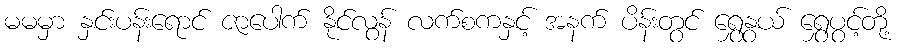
မမမှာ နှင်းပန်းရောင် ဇာပေါက် နိုင်လွန် လက်စကနှင့် အနက် ပိန်းတွင် ရွှေနွယ် ရွှေပွင့်တို့